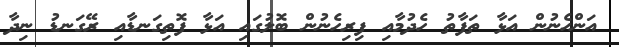
އަންހެނުން އަޅާ ތަފާތު ހެދުމާއި ފިރިހެނުން ބޮލުގައި އަޅާ ފޮތިގަނޑާއި ރޭގަނޑު ނިދާ